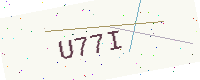
Text: U77I